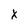
Character: x